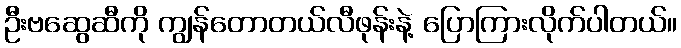
ဦးဗဆွေဆီကို ကျွန်တောတယ်လီဖုန်းနဲ့ ပြောကြားလိုက်ပါတယ်။